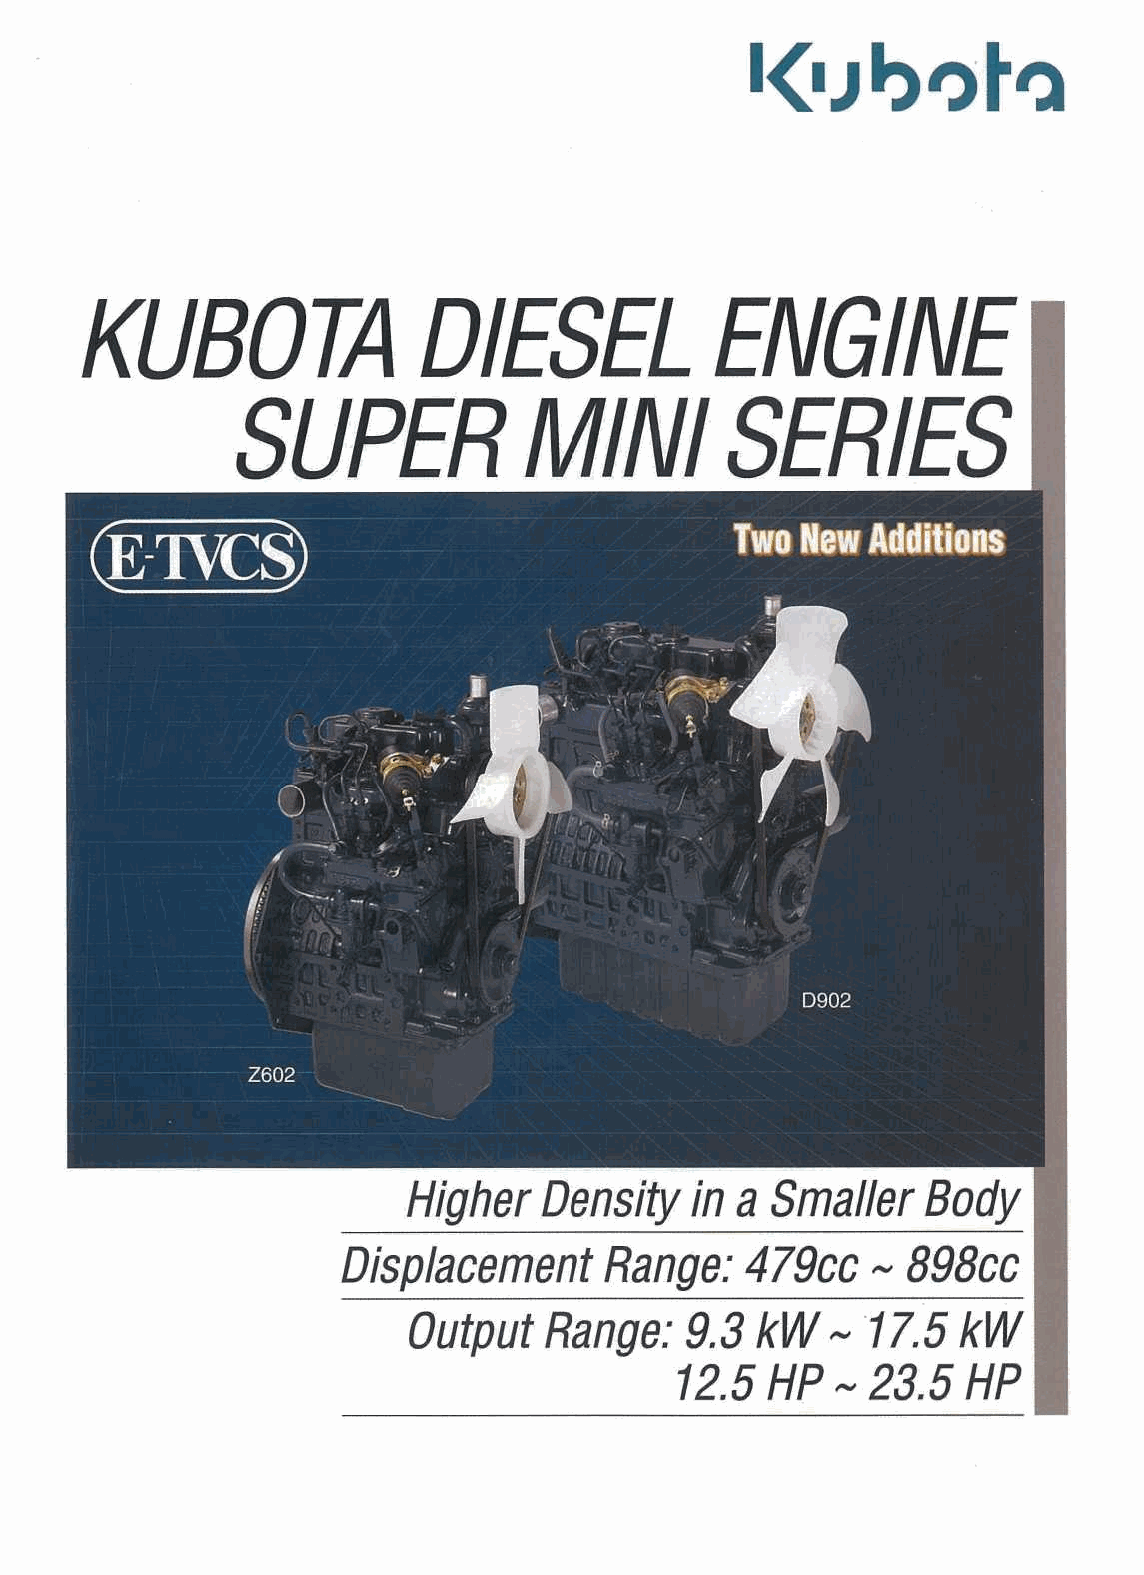
1<1ibot')
 KUBOTA                 DIESEL             ENGINE
 I
 SUPER              MINI         SERIES
 Higher   Density   in a Smaller   Body
 Displacement     Range:   479cc    N 898cc
 Output   Range:    9.3 kW   N  17.5  kW
 12.5HPN23.5HP